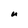
Character: u